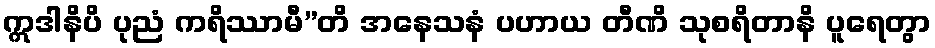
ဣဒါနိပိ ပုညံ ကရိဿာမီ”တိ အနေသနံ ပဟာယ တီဏိ သုစရိတာနိ ပူရေတွာ